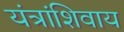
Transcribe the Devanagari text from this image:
यंत्रांशिवाय